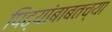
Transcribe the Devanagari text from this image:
पिढ्यांबाबतच्या